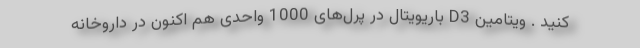
کنید . ویتامین D3 باریویتال در پرل‌های 1000 واحدی هم اکنون در داروخانه